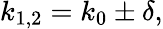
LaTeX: k_{1,2}=k_{0}\pm\delta,